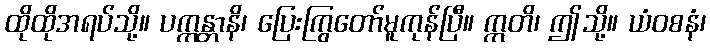
ထိုထိုအရပ်သို့။ ပက္ကန္တာနိ၊ ပြေးကြွတော်မူကုန်ပြီ။ ဣတိ၊ ဤသို့။ ယံဝစနံ၊